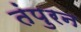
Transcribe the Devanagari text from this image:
तंपुरन